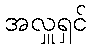
အလှူရှင်